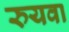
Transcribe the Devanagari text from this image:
रुयवा